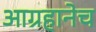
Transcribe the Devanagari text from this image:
आग्रहानेच